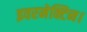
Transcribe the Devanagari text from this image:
इवरमेक्टिन।